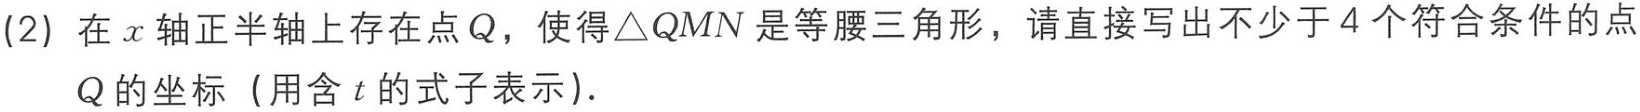
(2) 在 \(x\) 轴正半轴上存在点 \(Q\)，使得\(\triangle QMN\) 是等腰三角形，请直接写出不少于 \(4\) 个符合条件的点 \(Q\) 的坐标（用含 \(t\) 的式子表示）.